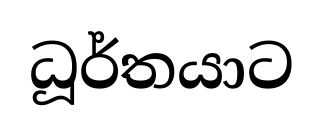
ධූර්තයාට